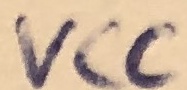
Text: VCC